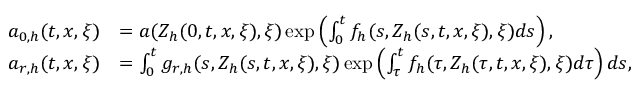
\begin{array} { r l } { a _ { 0 , h } ( t , x , \xi ) } & { = a ( Z _ { h } ( 0 , t , x , \xi ) , \xi ) \exp \left( \int _ { 0 } ^ { t } f _ { h } ( s , Z _ { h } ( s , t , x , \xi ) , \xi ) d s \right) , } \\ { a _ { r , h } ( t , x , \xi ) } & { = \int _ { 0 } ^ { t } g _ { r , h } ( s , Z _ { h } ( s , t , x , \xi ) , \xi ) \exp \left( \int _ { \tau } ^ { t } f _ { h } ( \tau , Z _ { h } ( \tau , t , x , \xi ) , \xi ) d \tau \right) d s , } \end{array}